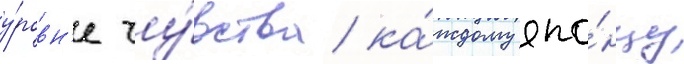
у́ровн'е чу́вства ка́ждому япо́нцу